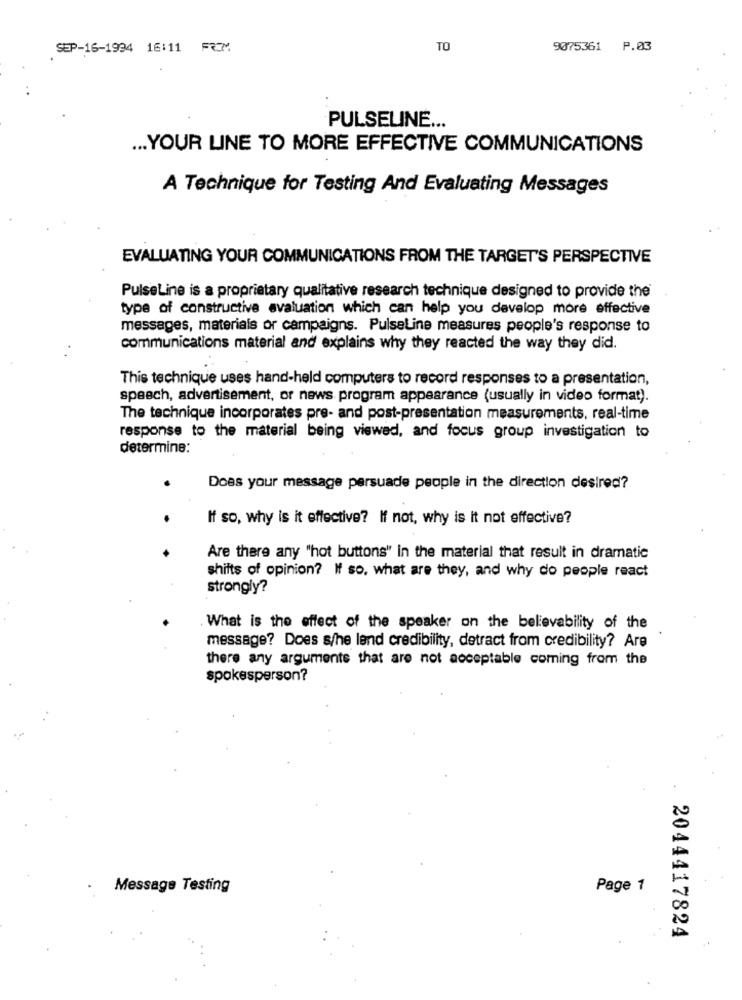
SEP-16-1994 16:11 FRM
TO
9075361 P.03
PULSELINE ...
... YOUR LINE TO MORE EFFECTIVE COMMUNICATIONS
A Technique for Testing And Evaluating Messages
EVALUATING YOUR COMMUNICATIONS FROM THE TARGET'S PERSPECTIVE
PulseLine is a proprietary qualitative research technique designed to provide the
type of constructive evaluation which can help you develop more effective
messages, materials or campaigns. PulseLine measures people's response to
communications material and explains why they reacted the way they did.
This technique uses hand-held computers to record responses to a presentation,
speech, advertisement, or news program appearance (usually in video format).
The technique incorporates pre- and post-presentation measurements, real-time
response to the material being viewed, and focus group investigation to
determine:
Does your message persuade people in the direction desired?
If so, why is it effective? If not, why is it not effective?
Are there any "hot buttons" in the material that result in dramatic
shifts of opinion? If so. what are they, and why do people react
strongly?
What is the effect of the speaker on the believability of the
message? Does s/he lend credibility, detract from credibility? Are
there any argumente that are not acceptable coming from the
spokesperson?
Message Testing
Page 1
2044417824